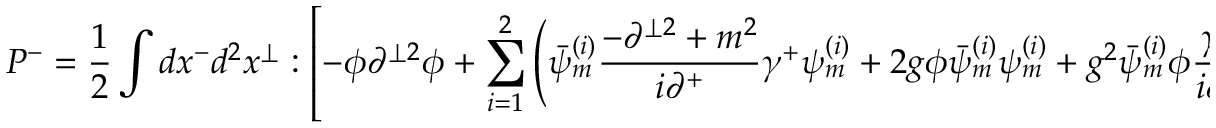
P ^ { - } = \frac { 1 } { 2 } \int d x ^ { - } d ^ { 2 } x ^ { \perp } : \left[ - \phi \partial ^ { \perp 2 } \phi + \sum _ { i = 1 } ^ { 2 } \left( \bar { \psi } _ { m } ^ { ( i ) } \frac { - \partial ^ { \perp 2 } + m ^ { 2 } } { i \partial ^ { + } } \gamma ^ { + } \psi _ { m } ^ { ( i ) } + 2 g \phi \bar { \psi } _ { m } ^ { ( i ) } \psi _ { m } ^ { ( i ) } + g ^ { 2 } \bar { \psi } _ { m } ^ { ( i ) } \phi \frac { \gamma ^ { + } } { i \partial ^ { + } } \phi \psi _ { m } ^ { ( i ) } \right) \right] : \; .